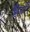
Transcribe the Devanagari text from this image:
शैगों